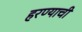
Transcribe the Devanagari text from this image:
हरण्याची